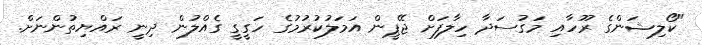
"ކޯލިޝަންގެ ރޫހާއި މަގުސަދާ ހިލާފަށް ޖޭޕީން އަމަލުކުރުމުގެ ހަގީގީ ގެއްލުން ދިނީ ރައްޔިތުންނަށް.